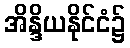
အိန္ဒိယနိုင်ငံ၌